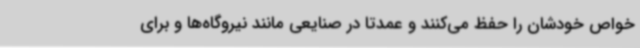
خواص خودشان را حفظ می‌کنند و عمدتا در صنایعی مانند نیروگاه‌ها و برای